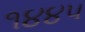
૧૪૪૫